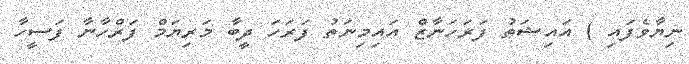
ނިޔާވެފައި ) އައިޝަތު ފަރަހަނާޒް އައިމިނަތު ފަރަހަ ދީބާ މަރިޔަމް ފަރްހާނާ ފަސީހާ